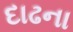
દાઢના